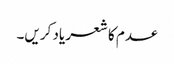
عدم کا شعر یاد کریں۔